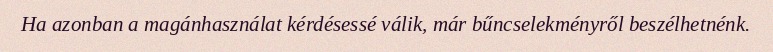
Ha azonban a magánhasználat kérdésessé válik, már bűncselekményről beszélhetnénk.